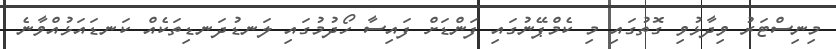
މިނިސްޓަރު ވިދާޅުވި ގޮތުގައި މި ކެމްޕޭނުގައި ފަންޑަށް ފައިސާ ހޯދުމުގައި ލަނޑުދަނޑިތަކެއް ކަނޑައަޅުއްވާނެ